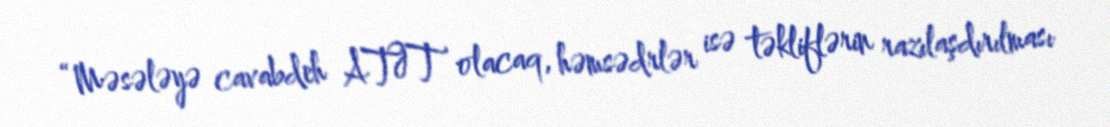
“Məsələyə cavabdeh ATƏT olacaq, həmsədrlər isə təkliflərin razılaşdırılması